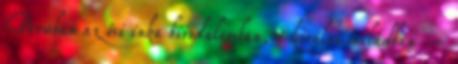
Peruban az ősi inka birodalomban, a királyi családban –